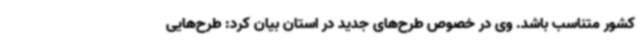
کشور متناسب باشد. وی در خصوص طرح‌های جدید در استان بیان کرد: طرح‌هایی